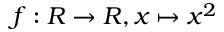
f : R \rightarrow R , x \mapsto x ^ { 2 }